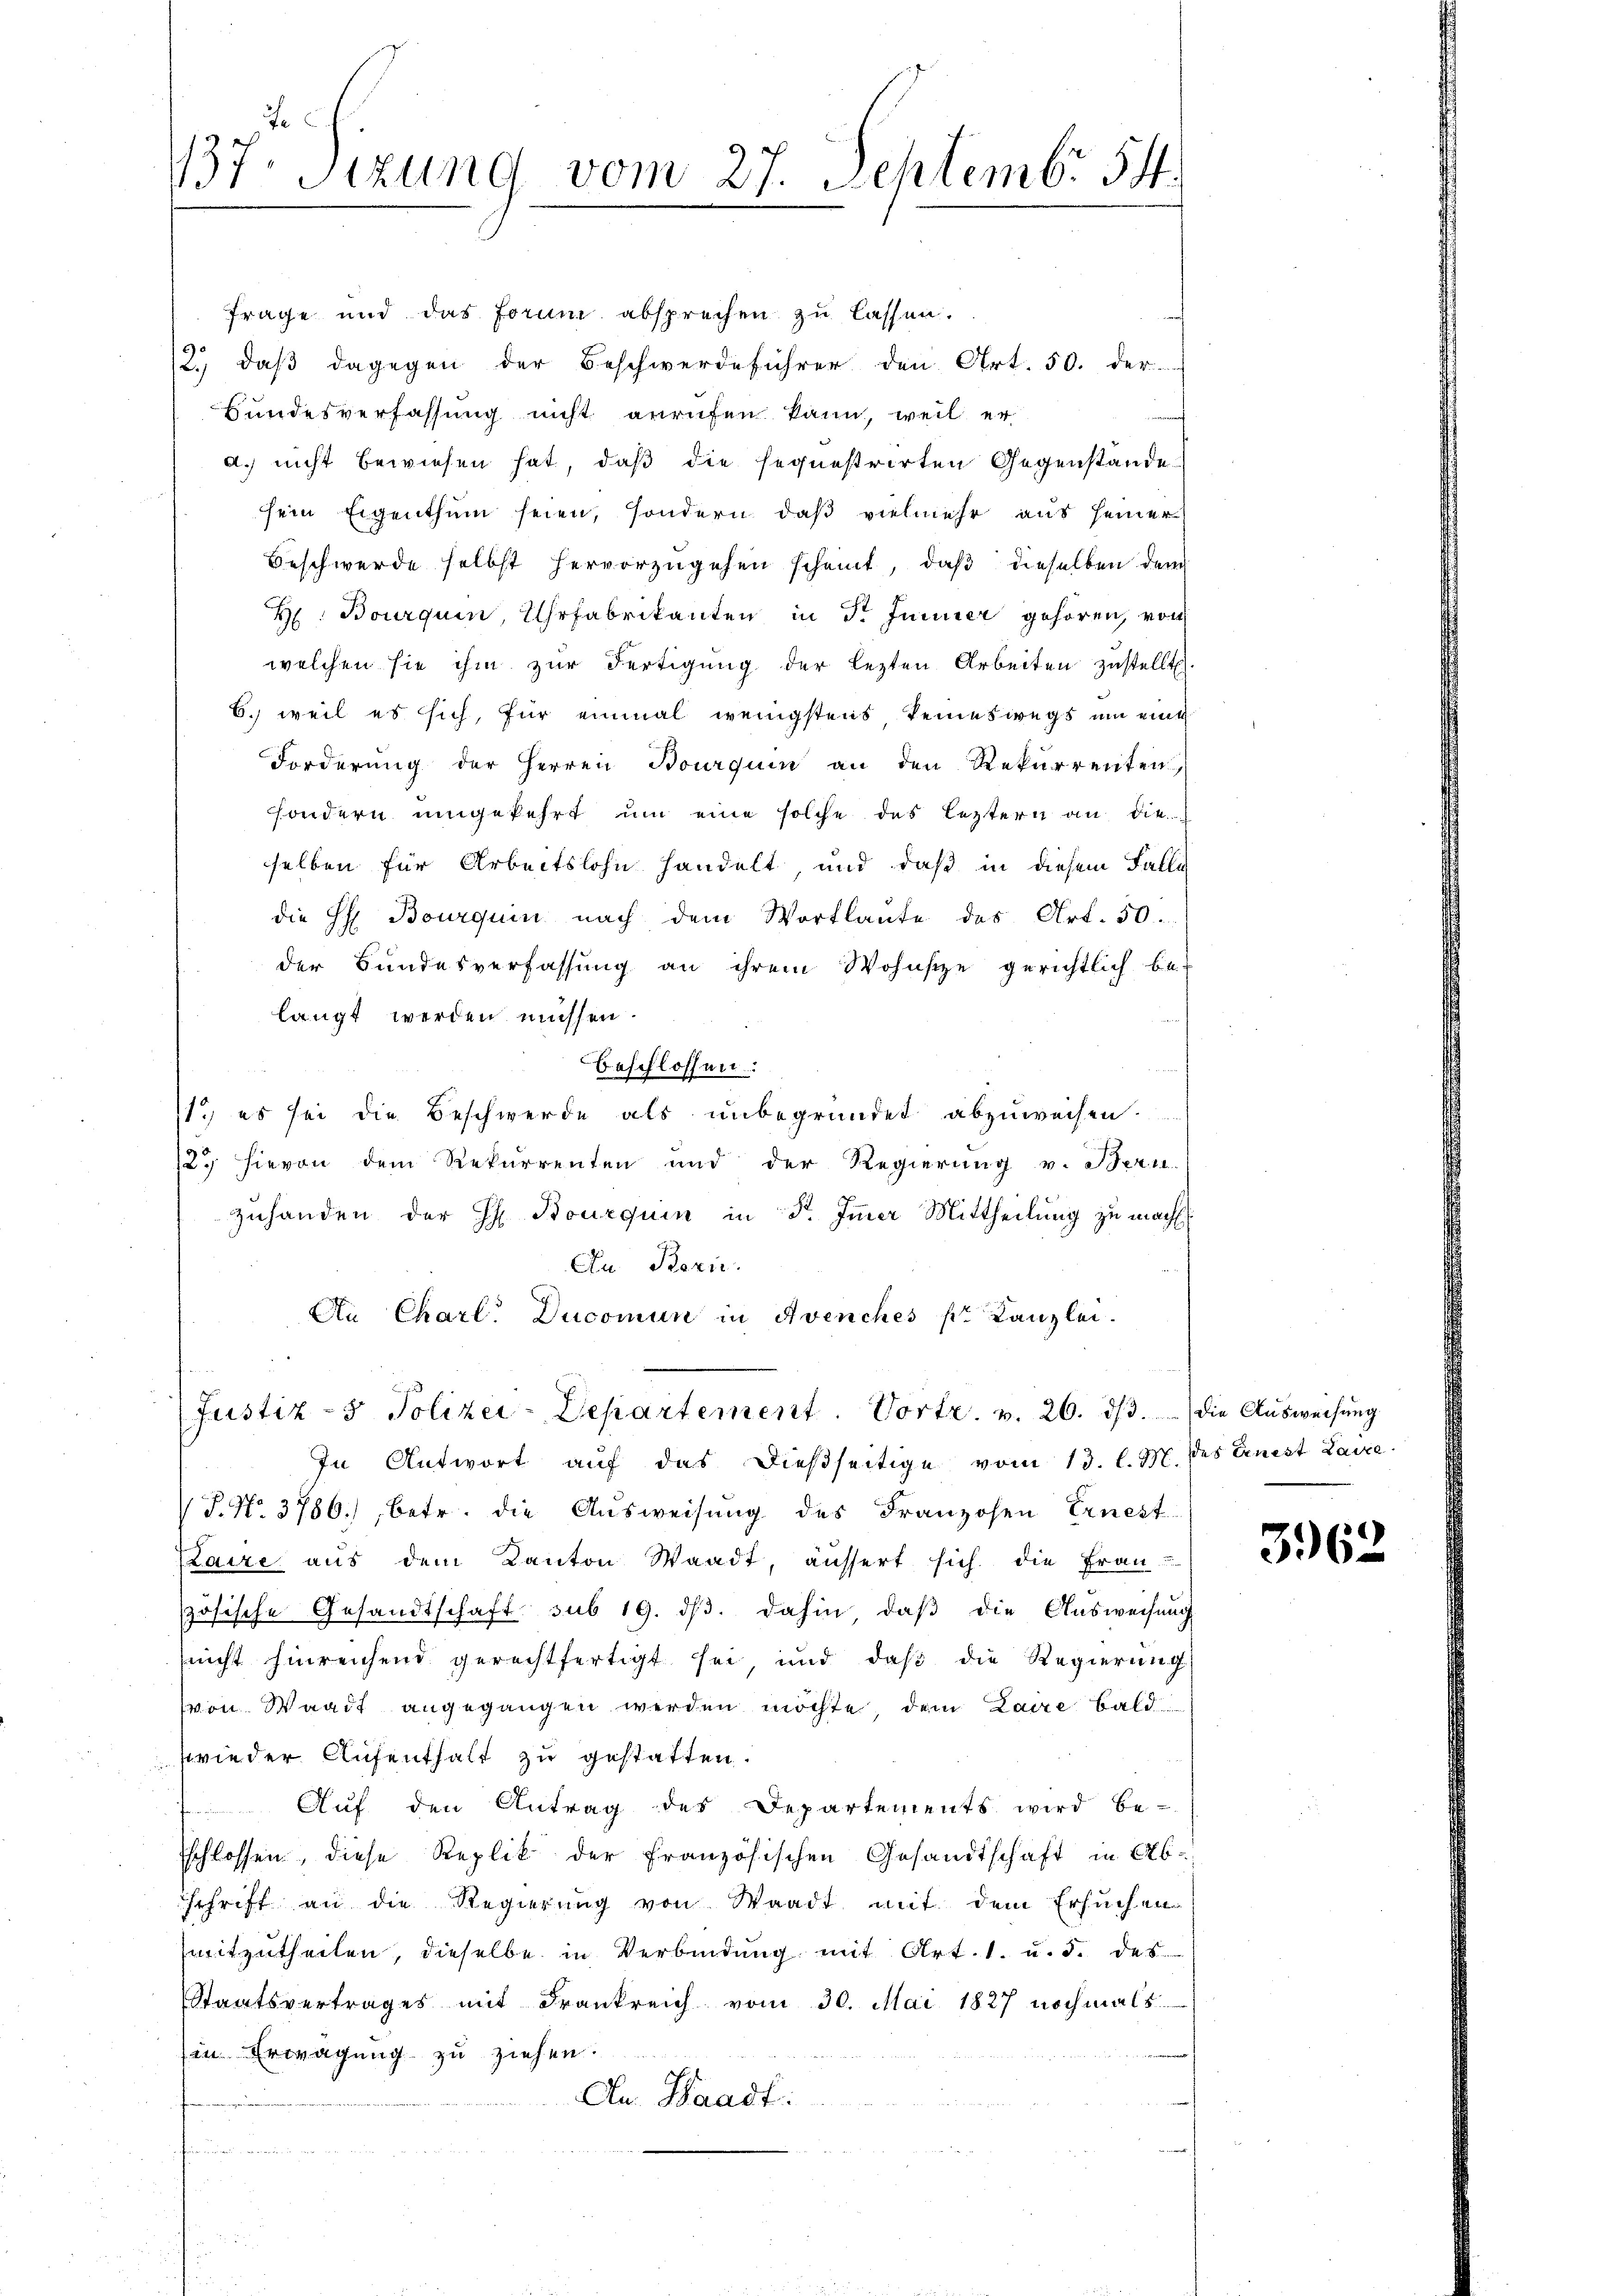
Je
137. Sizung vom 27. Septemb. 54.

Frage und das Forum absprechen zu lassen.
2.) daß dagegen der Beschwerdeführer den Art. 50. der
Bundesverfassung nicht anrufen kann, weil er
d. nicht bewiesen hat, daß die sequestrirten Gegenstände
sein Eigenthum seien, sondern, daß vielmehr aus seiner
Beschwerde selbst hervorzugehen scheint, daß dieselben den
H. Bourquin, Uhrfabrikanten in Fr. Jenner gehören, von
welchen sie ihm zur Fertigung der lezten Arbeiten zustellt
6. weil es sich, für einmal wenigstens keineswegs um eine
Forderung der Herren Bourquin an den Rekurrenten,
sondern umgekehrt um eine solche des leztern an die
selben für Arbeitslohn handelt, und daß in diesem Falle
die H. Bourquin nach dem Wortlaute des Art. 50.
der Bundesverfassung an ihrem Wohnstze gerichtlich be-
langt werden müssen.
beschlossen:
11, es sei die Beschwerde als unbegründet abzuweisen.
12. hievon dem Rekurrenten und der Regierung v. Bern
zuhanden der H. Bourquin in Fr. Immer Mittheilung zu macht.
An Beric
An Charl. Ducomun in Avenches pr. Kanzlei.
Justiz- & Polizei-Departement. Vortr. v. 26. dβ. die Ausweisung
In Antwort aŭf das dießseitige vom 13. l. M. des Ernest Laure
V S. No. 3786. betr. die Aŭsweisung des Franzosen Ernest-
Laire aus dem Kanton Waadt, äussert sich die Frau
zösische Gesandtschaft sub 19. dβ. dahin, daβ die Ausweisung
nicht hinreichend gerechtfertigt sei, und daß die Regierung
von Waadt angegangen werden möchte, dem Laure bald
wieder Aufenthalt zu gestatten.
Aŭf den Antrag des Departements wird be-
Eschlossen, diese Replik der Französischen Gesandtschaft in Ab-
schrift an die Regierung von Waadt mit dem Ersuchen
mitzutheilen, dieselbe in Verbindung mit Art. 1. u. d. des
Staatsvertrages mit Frankreich vom 30. Mai 1827 nochmals
in Erwägung zu ziehen.
An Waadt:
tiennen, wenn

3962